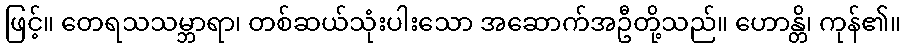
ဖြင့်။ တေရသသမ္ဘာရာ၊ တစ်ဆယ်သုံးပါးသော အဆောက်အဦတို့သည်။ ဟောန္တိ၊ ကုန်၏။